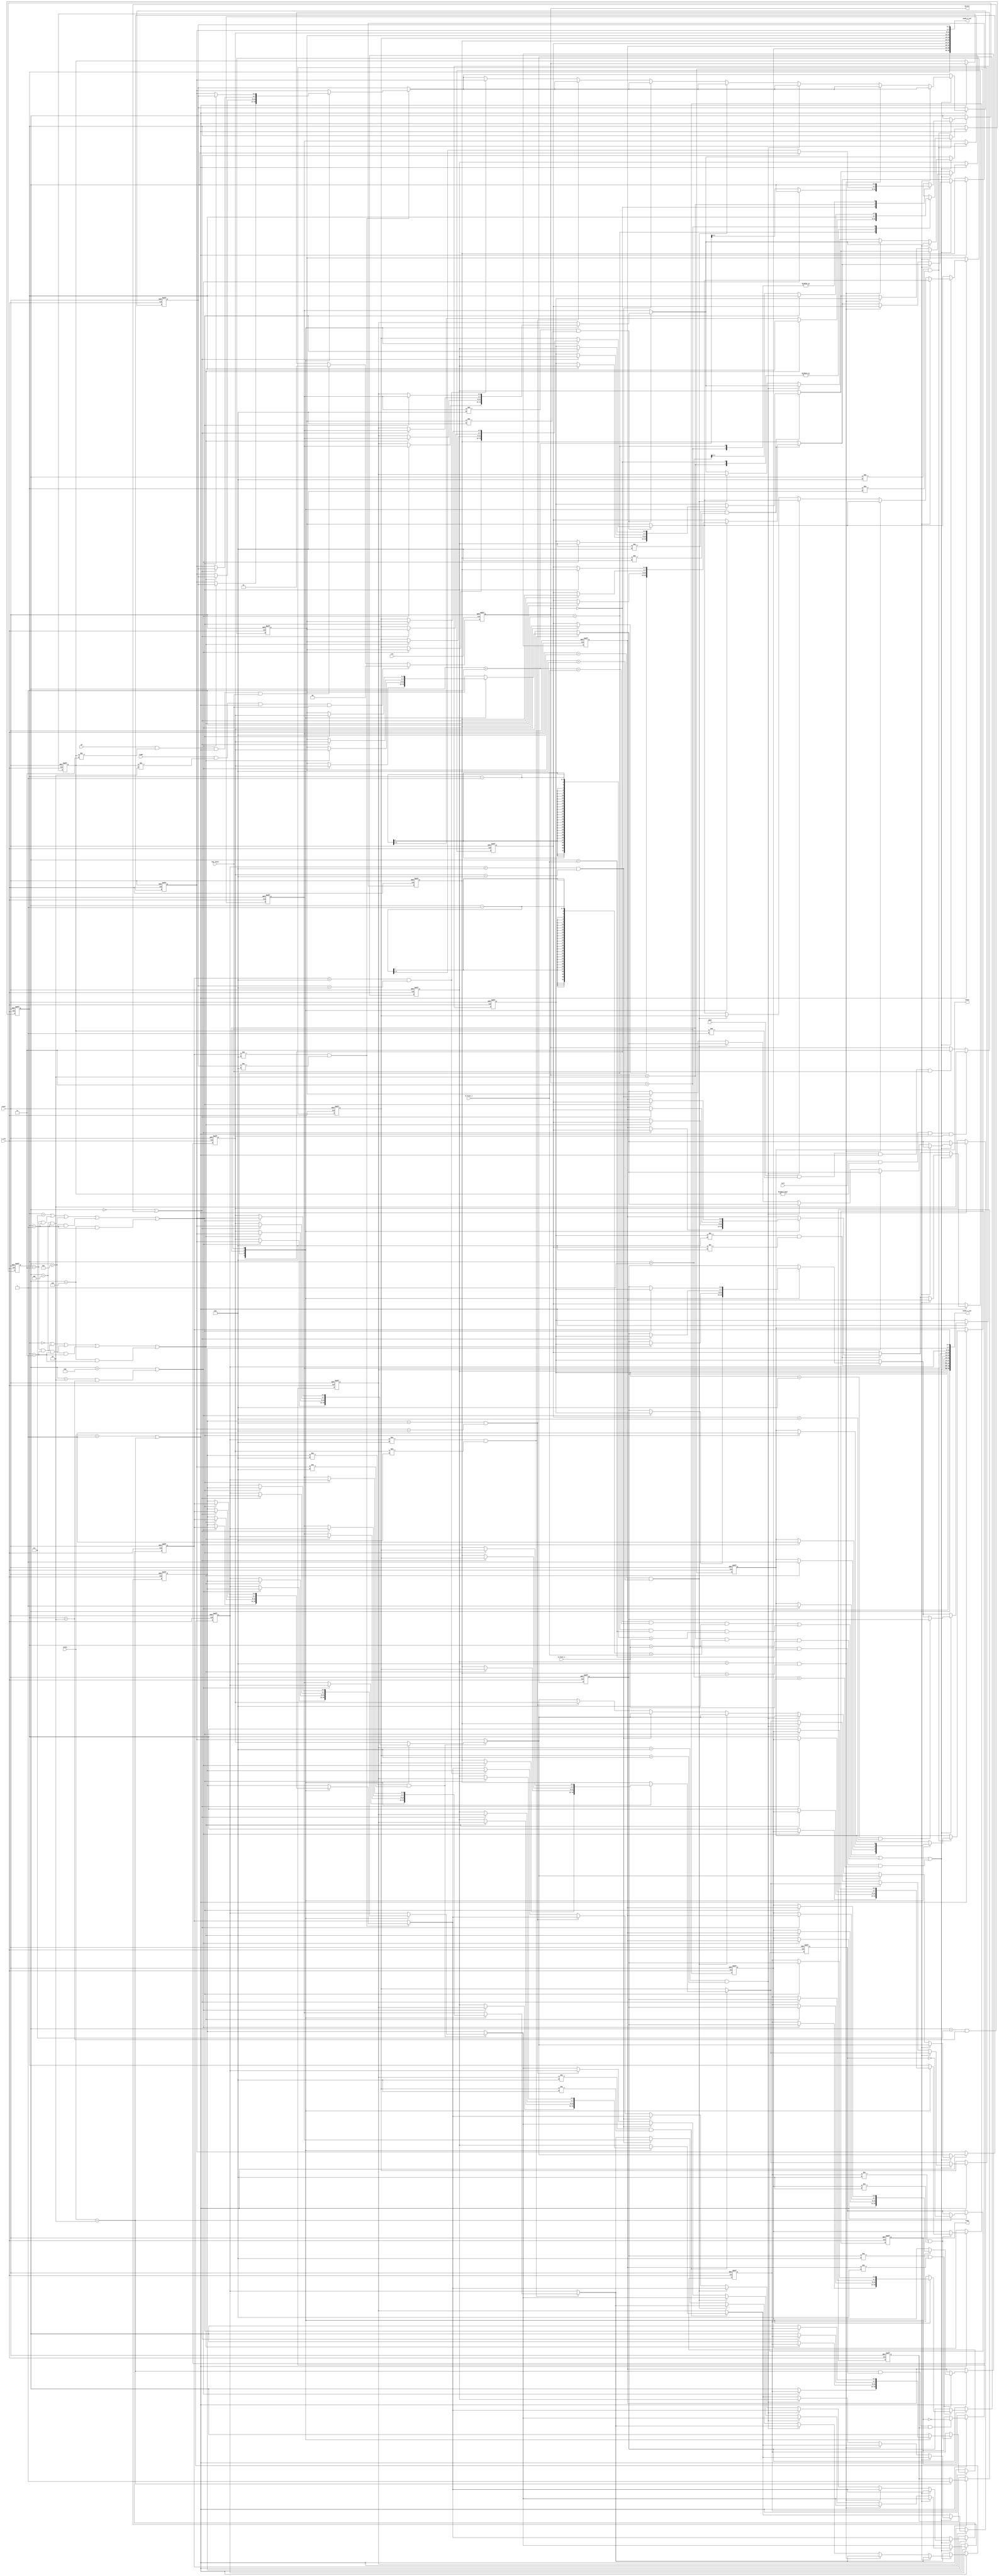
module SnakeMove(flag, touch , direct, snake_x_out, snake_y_out, state, up, down, left, right, N_fruit_x, N_fruit_y, s_clk, clk, reset, key_state);
output [39:0] snake_x_out, snake_y_out;
output reg touch, flag;
output reg [1:0] direct;
input [2:0] state;
input s_clk, clk, reset, up, left, right, down, key_state;
input [3:0] N_fruit_x, N_fruit_y;
reg [3:0] snake_x[9:0], snake_y[9:0];
assign snake_x_out = {{snake_x[9]},{snake_x[8]},{snake_x[7]},{snake_x[6]},{snake_x[5]},{snake_x[4]},{snake_x[3]},{snake_x[2]},{snake_x[1]},{snake_x[0]}};
assign snake_y_out = {{snake_y[9]},{snake_y[8]},{snake_y[7]},{snake_y[6]},{snake_y[5]},{snake_y[4]},{snake_y[3]},{snake_y[2]},{snake_y[1]},{snake_y[0]}};
reg [1:0]prev_direct;

always @(posedge clk or negedge reset)
begin
    if(!reset)
    begin
        direct <= 2'b00;
    end
    else
    begin
        if(right && prev_direct != 2'b10 && (state == 3'b001 || state == 3'b010) && key_state)
            direct <= 2'b00;
        else if(up && prev_direct != 2'b11 && (state == 3'b001 || state == 3'b010) && key_state)
            direct <= 2'b01;
        else if(left && prev_direct != 2'b00 && (state == 3'b001 || state == 3'b010) && key_state)
            direct <= 2'b10;
        else if(down && prev_direct != 2'b01 && (state == 3'b001 || state == 3'b010) && key_state)
            direct <= 2'b11;
        else
            direct <= direct;
    end
end

reg touchFruit;
reg counter, times;
always @(posedge s_clk or negedge reset)
begin
    if(!reset)
    begin
        snake_x[9] <= 4'd2;
        snake_x[8] <= 4'd1;
        snake_x[7] <= 4'd0;
        snake_x[6] <= 4'd13;
        snake_x[5] <= 4'd13;
        snake_x[4] <= 4'd13;
        snake_x[3] <= 4'd13;
        snake_x[2] <= 4'd13;
        snake_x[1] <= 4'd13;
        snake_x[0] <= 4'd13;
        snake_y[9] <= 4'd7;
        snake_y[8] <= 4'd7;
        snake_y[7] <= 4'd7;
        snake_y[6] <= 4'd13;
        snake_y[5] <= 4'd13;
        snake_y[4] <= 4'd13;
        snake_y[3] <= 4'd13;
        snake_y[2] <= 4'd13;
        snake_y[1] <= 4'd13;
        snake_y[0] <= 4'd13;
        touch <= 0;
        prev_direct <= 2'b00;
        touchFruit <= 0;
        flag <= 0;
        times <= 0;
        counter <= 0;
    end
    else
    begin
        if(state == 3'b001 || state == 3'b010)
        begin 
            if(state == 3'b010 && counter && times)
                flag <= ~flag;
            if(state == 3'b010)
            begin
                times <= 1;
                counter <= ~counter;
            end
            prev_direct <= direct;
            if(snake_x[9] != 4'd13 && snake_y[9] != 4'd13)
            begin
                case(direct)
                2'b00:  begin
                    snake_x[9] <= snake_x[9] + 1;
                    snake_y[9] <= snake_y[9];    
                    if(snake_x[9] == 4'd9 || (snake_x[9]== 4'd2 && snake_y[9] == 4'd2))
                    begin
                        snake_x[9] <= snake_x[9];
                        touch <= 1;
                    end 
                end
                2'b01:  begin
                    snake_x[9] <= snake_x[9];
                    snake_y[9] <= snake_y[9] - 1;
                    if(snake_y[9] == 4'd0 || (snake_x[9]== 4'd3 && snake_y[9] == 4'd3) ||
                     (snake_x[9]== 4'd4 && snake_y[9] == 4'd3) || (snake_x[9]== 4'd5 && snake_y[9] == 4'd3) || (snake_x[9]== 4'd6 && snake_y[9] == 4'd3))
                    begin
                        snake_y[9] <= snake_y[9];
                        touch <= 1;
                    end 
                end
                2'b10: begin
                    snake_x[9] <= snake_x[9] - 1;
                    snake_y[9] <= snake_y[9];
                    if(snake_x[9] == 4'd0 || (snake_x[9]== 4'd7 && snake_y[9] == 4'd2))
                    begin
                        snake_x[9] <= snake_x[9];
                        touch <= 1;
                    end 
                end
                2'b11:  begin
                    snake_x[9] <= snake_x[9];
                    snake_y[9] <= snake_y[9] + 1;
                    if(snake_y[9] == 4'd7 || (snake_x[9]== 4'd3 && snake_y[9] == 4'd1) ||
                     (snake_x[9]== 4'd4 && snake_y[9] == 4'd1) || (snake_x[9]== 4'd5 && snake_y[9] == 4'd1)|| (snake_x[9]== 4'd6 && snake_y[9] == 4'd1))
                    begin
                        snake_y[9] <= snake_y[9];
                        touch <= 1;
                    end
                end
                endcase
            end
            else
            begin
                snake_x[9] <= snake_x[9];
                snake_y[9] <= snake_y[9];
            end
            if(snake_x[8] != 4'd13 && snake_y[8] != 4'd13)
            begin
                snake_x[8] <= snake_x[9];
                snake_y[8] <= snake_y[9];
                case(direct)
                2'b00:  begin
                    if(snake_x[9] == 4'd9 || (snake_x[9]== 4'd2 && snake_y[9] == 4'd2))
                    begin
                        snake_x[8] <= snake_x[8];
                        snake_y[8] <= snake_y[8];
                    end     
                end
                2'b01:  begin
                    if(snake_y[9] == 4'd0 || (snake_x[9]== 4'd3 && snake_y[9] == 4'd3) ||
                     (snake_x[9]== 4'd4 && snake_y[9] == 4'd3) || (snake_x[9]== 4'd5 && snake_y[9] == 4'd3) || (snake_x[9]== 4'd6 && snake_y[9] == 4'd3))
                    begin
                        snake_x[8] <= snake_x[8];
                        snake_y[8] <= snake_y[8];
                    end  
                end
                2'b10: begin
                    if(snake_x[9] == 4'd0 || (snake_x[9]== 4'd7 && snake_y[9] == 4'd2))
                    begin
                        snake_x[8] <= snake_x[8];
                        snake_y[8] <= snake_y[8];
                    end  
                end
                2'b11:  begin
                    if(snake_y[9] == 4'd7 || (snake_x[9]== 4'd3 && snake_y[9] == 4'd1) ||
                     (snake_x[9]== 4'd4 && snake_y[9] == 4'd1) || (snake_x[9]== 4'd5 && snake_y[9] == 4'd1)|| (snake_x[9]== 4'd6 && snake_y[9] == 4'd1))
                    begin
                        snake_x[8] <= snake_x[8];
                        snake_y[8] <= snake_y[8];
                    end  
                end
                endcase
            end
            else
            begin
                snake_x[8] <= snake_x[8];
                snake_y[8] <= snake_y[8];
            end
            if(snake_x[7] != 4'd13 && snake_y[7] != 4'd13)
            begin
                snake_x[7] <= snake_x[8];
                snake_y[7] <= snake_y[8];
                case(direct)
                2'b00:  begin
                    if(snake_x[9] == 4'd9 || (snake_x[9]== 4'd2 && snake_y[9] == 4'd2))
                    begin
                        snake_x[7] <= snake_x[7];
                        snake_y[7] <= snake_y[7];
                    end 
                end
                2'b01:  begin
                    if(snake_y[9] == 4'd0 || (snake_x[9]== 4'd3 && snake_y[9] == 4'd3) ||
                     (snake_x[9]== 4'd4 && snake_y[9] == 4'd3) || (snake_x[9]== 4'd5 && snake_y[9] == 4'd3) || (snake_x[9]== 4'd6 && snake_y[9] == 4'd3))
                    begin
                        snake_x[7] <= snake_x[7];
                        snake_y[7] <= snake_y[7];
                    end 
                end
                2'b10: begin
                    if(snake_x[9] == 4'd0 || (snake_x[9]== 4'd7 && snake_y[9] == 4'd2))
                    begin
                        snake_x[7] <= snake_x[7];
                        snake_y[7] <= snake_y[7];
                    end 
                end
                2'b11:  begin
                    if(snake_y[9] == 4'd7 || (snake_x[9]== 4'd3 && snake_y[9] == 4'd1) ||
                     (snake_x[9]== 4'd4 && snake_y[9] == 4'd1) || (snake_x[9]== 4'd5 && snake_y[9] == 4'd1)|| (snake_x[9]== 4'd6 && snake_y[9] == 4'd1))
                    begin
                        snake_x[7] <= snake_x[7];
                        snake_y[7] <= snake_y[7];
                    end 
                end
                endcase
            end
            else
            begin
                snake_x[7] <= snake_x[7];
                snake_y[7] <= snake_y[7];
            end
            if(snake_x[6] != 4'd13 && snake_y[6] != 4'd13)
            begin
                snake_x[6] <= snake_x[7];
                snake_y[6] <= snake_y[7];
                case(direct)
                2'b00:  begin
                    if(snake_x[9] == 4'd9 || (snake_x[9]== 4'd2 && snake_y[9] == 4'd2))
                    begin
                        snake_x[6] <= snake_x[6]; 
                        snake_y[6] <= snake_y[6];
                    end
                end
                2'b01:  begin
                    if(snake_y[9] == 4'd0 || (snake_x[9]== 4'd3 && snake_y[9] == 4'd3) ||
                     (snake_x[9]== 4'd4 && snake_y[9] == 4'd3) || (snake_x[9]== 4'd5 && snake_y[9] == 4'd3) || (snake_x[9]== 4'd6 && snake_y[9] == 4'd3))
                    begin
                        snake_x[6] <= snake_x[6]; 
                        snake_y[6] <= snake_y[6];
                    end
                end
                2'b10: begin
                    if(snake_x[9] == 4'd0 || (snake_x[9]== 4'd7 && snake_y[9] == 4'd2))
                    begin
                        snake_x[6] <= snake_x[6]; 
                        snake_y[6] <= snake_y[6];
                    end
                end
                2'b11:  begin
                    if(snake_y[9] == 4'd7 || (snake_x[9]== 4'd3 && snake_y[9] == 4'd1) ||
                     (snake_x[9]== 4'd4 && snake_y[9] == 4'd1) || (snake_x[9]== 4'd5 && snake_y[9] == 4'd1)|| (snake_x[9]== 4'd6 && snake_y[9] == 4'd1))
                    begin
                        snake_x[6] <= snake_x[6]; 
                        snake_y[6] <= snake_y[6];
                    end
                end
                endcase
            end
            else
            begin
                snake_x[6] <= snake_x[6];
                snake_y[6] <= snake_y[6];
            end
            if(snake_x[5] != 4'd13 && snake_y[5] != 4'd13)
            begin
                snake_x[5] <= snake_x[6];
                snake_y[5] <= snake_y[6];
                case(direct)
                2'b00:  begin
                    if(snake_x[9] == 4'd9 || (snake_x[9]== 4'd2 && snake_y[9] == 4'd2))
                    begin
                        snake_x[5] <= snake_x[5]; 
                        snake_y[5] <= snake_y[5];
                    end
                end
                2'b01:  begin
                    if(snake_y[9] == 4'd0 || (snake_x[9]== 4'd3 && snake_y[9] == 4'd3) ||
                     (snake_x[9]== 4'd4 && snake_y[9] == 4'd3) || (snake_x[9]== 4'd5 && snake_y[9] == 4'd3) || (snake_x[9]== 4'd6 && snake_y[9] == 4'd3))
                    begin
                        snake_x[5] <= snake_x[5]; 
                        snake_y[5] <= snake_y[5];
                    end
                end
                2'b10: begin
                    if(snake_x[9] == 4'd0 || (snake_x[9]== 4'd7 && snake_y[9] == 4'd2))
                    begin
                        snake_x[5] <= snake_x[5]; 
                        snake_y[5] <= snake_y[5];
                    end
                end
                2'b11:  begin
                    if(snake_y[9] == 4'd7 || (snake_x[9]== 4'd3 && snake_y[9] == 4'd1) ||
                     (snake_x[9]== 4'd4 && snake_y[9] == 4'd1) || (snake_x[9]== 4'd5 && snake_y[9] == 4'd1)|| (snake_x[9]== 4'd6 && snake_y[9] == 4'd1))
                    begin
                        snake_x[5] <= snake_x[5]; 
                        snake_y[5] <= snake_y[5];
                    end
                end
                endcase
            end
            else
            begin
                snake_x[5] <= snake_x[5];
                snake_y[5] <= snake_y[5];
            end
            if(snake_x[4] != 4'd13 && snake_y[4] != 4'd13)
            begin
                snake_x[4] <= snake_x[5];
                snake_y[4] <= snake_y[5];
                case(direct)
                2'b00:  begin
                    if(snake_x[9] == 4'd9 || (snake_x[9]== 4'd2 && snake_y[9] == 4'd2))
                    begin
                        snake_x[4] <= snake_x[4];
                        snake_y[4] <= snake_y[4];
                    end 
                end
                2'b01:  begin
                    if(snake_y[9] == 4'd0 || (snake_x[9]== 4'd3 && snake_y[9] == 4'd3) ||
                     (snake_x[9]== 4'd4 && snake_y[9] == 4'd3) || (snake_x[9]== 4'd5 && snake_y[9] == 4'd3) || (snake_x[9]== 4'd6 && snake_y[9] == 4'd3))
                    begin
                        snake_x[4] <= snake_x[4];
                        snake_y[4] <= snake_y[4];
                    end 
                end
                2'b10: begin
                    if(snake_x[9] == 4'd0 || (snake_x[9]== 4'd7 && snake_y[9] == 4'd2))
                    begin
                        snake_x[4] <= snake_x[4];
                        snake_y[4] <= snake_y[4];
                    end 
                end
                2'b11:  begin
                    if(snake_y[9] == 4'd7 || (snake_x[9]== 4'd3 && snake_y[9] == 4'd1) ||
                     (snake_x[9]== 4'd4 && snake_y[9] == 4'd1) || (snake_x[9]== 4'd5 && snake_y[9] == 4'd1)|| (snake_x[9]== 4'd6 && snake_y[9] == 4'd1))
                    begin
                        snake_x[4] <= snake_x[4];
                        snake_y[4] <= snake_y[4];
                    end 
                end
                endcase
            end
            else
            begin
                snake_x[4] <= snake_x[4];
                snake_y[4] <= snake_y[4];
            end
            if(snake_x[3] != 4'd13 && snake_y[3] != 4'd13)
            begin
                snake_x[3] <= snake_x[4];
                snake_y[3] <= snake_y[4];
                case(direct)
                2'b00:  begin
                    if(snake_x[9] == 4'd9 || (snake_x[9]== 4'd2 && snake_y[9] == 4'd2))
                    begin
                        snake_x[3] <= snake_x[3];
                        snake_y[3] <= snake_y[3];
                    end 
                end
                2'b01:  begin
                    if(snake_y[9] == 4'd0 || (snake_x[9]== 4'd3 && snake_y[9] == 4'd3) ||
                     (snake_x[9]== 4'd4 && snake_y[9] == 4'd3) || (snake_x[9]== 4'd5 && snake_y[9] == 4'd3) || (snake_x[9]== 4'd6 && snake_y[9] == 4'd3))
                    begin
                        snake_x[3] <= snake_x[3];
                        snake_y[3] <= snake_y[3];
                    end 
                end
                2'b10: begin
                    if(snake_x[9] == 4'd0 || (snake_x[9]== 4'd7 && snake_y[9] == 4'd2))
                    begin
                        snake_x[3] <= snake_x[3];
                        snake_y[3] <= snake_y[3];
                    end 
                end
                2'b11:  begin
                    if(snake_y[9] == 4'd7 || (snake_x[9]== 4'd3 && snake_y[9] == 4'd1) ||
                     (snake_x[9]== 4'd4 && snake_y[9] == 4'd1) || (snake_x[9]== 4'd5 && snake_y[9] == 4'd1)|| (snake_x[9]== 4'd6 && snake_y[9] == 4'd1))
                    begin
                        snake_x[3] <= snake_x[3];
                        snake_y[3] <= snake_y[3];
                    end 
                end
                endcase
            end
            else
            begin
                snake_x[3] <= snake_x[3];
                snake_y[3] <= snake_y[3];
            end
            if(snake_x[2] != 4'd13 && snake_y[2] != 4'd13)
            begin
                snake_x[2] <= snake_x[3];
                snake_y[2] <= snake_y[3];
                case(direct)
                2'b00:  begin
                    if(snake_x[9] == 4'd9 || (snake_x[9]== 4'd2 && snake_y[9] == 4'd2))
                    begin
                        snake_x[2] <= snake_x[2];
                        snake_y[2] <= snake_y[2];
                    end 
                end
                2'b01:  begin
                    if(snake_y[9] == 4'd0 || (snake_x[9]== 4'd3 && snake_y[9] == 4'd3) ||
                     (snake_x[9]== 4'd4 && snake_y[9] == 4'd3) || (snake_x[9]== 4'd5 && snake_y[9] == 4'd3) || (snake_x[9]== 4'd6 && snake_y[9] == 4'd3))
                    begin
                        snake_x[2] <= snake_x[2];
                        snake_y[2] <= snake_y[2];
                    end 
                end
                2'b10: begin
                    if(snake_x[9] == 4'd0 || (snake_x[9]== 4'd7 && snake_y[9] == 4'd2))
                    begin
                        snake_x[2] <= snake_x[2];
                        snake_y[2] <= snake_y[2];
                    end 
                end
                2'b11:  begin
                    if(snake_y[9] == 4'd7 || (snake_x[9]== 4'd3 && snake_y[9] == 4'd1) ||
                     (snake_x[9]== 4'd4 && snake_y[9] == 4'd1) || (snake_x[9]== 4'd5 && snake_y[9] == 4'd1)|| (snake_x[9]== 4'd6 && snake_y[9] == 4'd1))
                    begin
                        snake_x[2] <= snake_x[2];
                        snake_y[2] <= snake_y[2];
                    end 
                end
                endcase
            end
            else
            begin
                snake_x[2] <= snake_x[2];
                snake_y[2] <= snake_y[2];
            end
            if(snake_x[1] != 4'd13 && snake_y[1] != 4'd13)
            begin
                snake_x[1] <= snake_x[2];
                snake_y[1] <= snake_y[2];
                case(direct)
                2'b00:  begin
                    if(snake_x[9] == 4'd9 || (snake_x[9]== 4'd2 && snake_y[9] == 4'd2))
                    begin
                        snake_x[1] <= snake_x[1];
                        snake_y[1] <= snake_y[1];
                    end 
                end
                2'b01:  begin
                    if(snake_y[9] == 4'd0 || (snake_x[9]== 4'd3 && snake_y[9] == 4'd3) ||
                     (snake_x[9]== 4'd4 && snake_y[9] == 4'd3) || (snake_x[9]== 4'd5 && snake_y[9] == 4'd3) || (snake_x[9]== 4'd6 && snake_y[9] == 4'd3))
                    begin
                        snake_x[1] <= snake_x[1];
                        snake_y[1] <= snake_y[1];
                    end 
                end
                2'b10: begin
                    if(snake_x[9] == 4'd0 || (snake_x[9]== 4'd7 && snake_y[9] == 4'd2))
                    begin
                        snake_x[1] <= snake_x[1];
                        snake_y[1] <= snake_y[1];
                    end 
                end
                2'b11:  begin
                    if(snake_y[9] == 4'd7 || (snake_x[9]== 4'd3 && snake_y[9] == 4'd1) ||
                     (snake_x[9]== 4'd4 && snake_y[9] == 4'd1) || (snake_x[9]== 4'd5 && snake_y[9] == 4'd1)|| (snake_x[9]== 4'd6 && snake_y[9] == 4'd1))
                    begin
                        snake_x[1] <= snake_x[1];
                        snake_y[1] <= snake_y[1];
                    end 
                end
                endcase
            end
            else
            begin
                snake_x[1] <= snake_x[1];
                snake_y[1] <= snake_y[1];
            end
            if(snake_x[0] != 4'd13 && snake_y[0] != 4'd13)
            begin
                snake_x[0] <= snake_x[1];
                snake_y[0] <= snake_y[1];
                case(direct)
                2'b00:  begin
                    if(snake_x[9] == 4'd9 || (snake_x[9]== 4'd2 && snake_y[9] == 4'd2))
                    begin
                        snake_x[0] <= snake_x[0];
                        snake_y[0] <= snake_y[0];
                    end 
                end
                2'b01:  begin
                    if(snake_y[9] == 4'd0 || (snake_x[9]== 4'd3 && snake_y[9] == 4'd3) ||
                     (snake_x[9]== 4'd4 && snake_y[9] == 4'd3) || (snake_x[9]== 4'd5 && snake_y[9] == 4'd3) || (snake_x[9]== 4'd6 && snake_y[9] == 4'd3))
                    begin
                        snake_x[0] <= snake_x[0];
                        snake_y[0] <= snake_y[0];
                    end 
                end
                2'b10: begin
                    if(snake_x[9] == 4'd0 || (snake_x[9]== 4'd7 && snake_y[9] == 4'd2))
                    begin
                        snake_x[0] <= snake_x[0];
                        snake_y[0] <= snake_y[0];
                    end 
                end
                2'b11:  begin
                    if(snake_y[9] == 4'd7 || (snake_x[9]== 4'd3 && snake_y[9] == 4'd1) ||
                     (snake_x[9]== 4'd4 && snake_y[9] == 4'd1) || (snake_x[9]== 4'd5 && snake_y[9] == 4'd1)|| (snake_x[9]== 4'd6 && snake_y[9] == 4'd1))
                    begin
                        snake_x[0] <= snake_x[0];
                        snake_y[0] <= snake_y[0];
                    end 
                end
                endcase
            end
            else
            begin
                snake_x[0] <= snake_x[0];
                snake_y[0] <= snake_y[0];
            end
            if((direct == 2'b00 && (snake_x[9] + 1) == N_fruit_x && (snake_y[9]) == N_fruit_y) || 
            (direct == 2'b01 &&(snake_x[9]) == N_fruit_x && (snake_y[9] - 1) == N_fruit_y) || 
            (direct == 2'b10 && (snake_x[9] - 1) == N_fruit_x && (snake_y[9]) == N_fruit_y) || 
            (direct == 2'b11 && (snake_x[9]) == N_fruit_x && (snake_y[9] + 1) == N_fruit_y))
            begin
               if(snake_x[6] == 4'd13 && snake_y[6] == 4'd13)
               begin
                   snake_x[6] <= snake_x[7];
                   snake_y[6] <= snake_y[7];
               end 
               else if(snake_x[5] == 4'd13 && snake_y[5] == 4'd13)
               begin
                   snake_x[5] <= snake_x[6];
                   snake_y[5] <= snake_y[6];
               end
               else if(snake_x[4] == 4'd13 && snake_y[4] == 4'd13)
               begin
                   snake_x[4] <= snake_x[5];
                   snake_y[4] <= snake_y[5];
               end
               else if(snake_x[3] == 4'd13 && snake_y[3] == 4'd13)
               begin
                   snake_x[3] <= snake_x[4];
                   snake_y[3] <= snake_y[4];
               end
               else if(snake_x[2] == 4'd13 && snake_y[2] == 4'd13)
               begin
                   snake_x[2] <= snake_x[3];
                   snake_y[2] <= snake_y[3];
               end
               else if(snake_x[1] == 4'd13 && snake_y[1] == 4'd13)
               begin
                   snake_x[1] <= snake_x[2];
                   snake_y[1] <= snake_y[2];
               end
               else if(snake_x[0] == 4'd13 && snake_y[0] == 4'd13)
               begin
                   snake_x[0] <= snake_x[1];
                   snake_y[0] <= snake_y[1];
               end
            end
        end
    end
end
endmodule